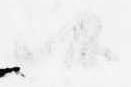
候